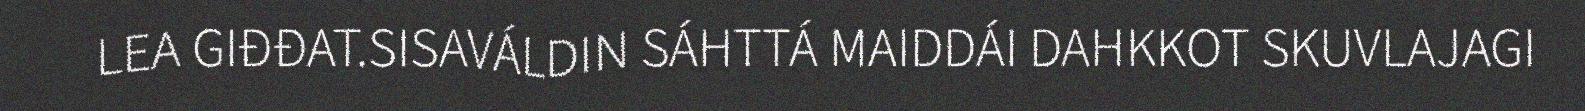
LEA GIĐĐAT.SISAVÁLDIN SÁHTTÁ MAIDDÁI DAHKKOT SKUVLAJAGI